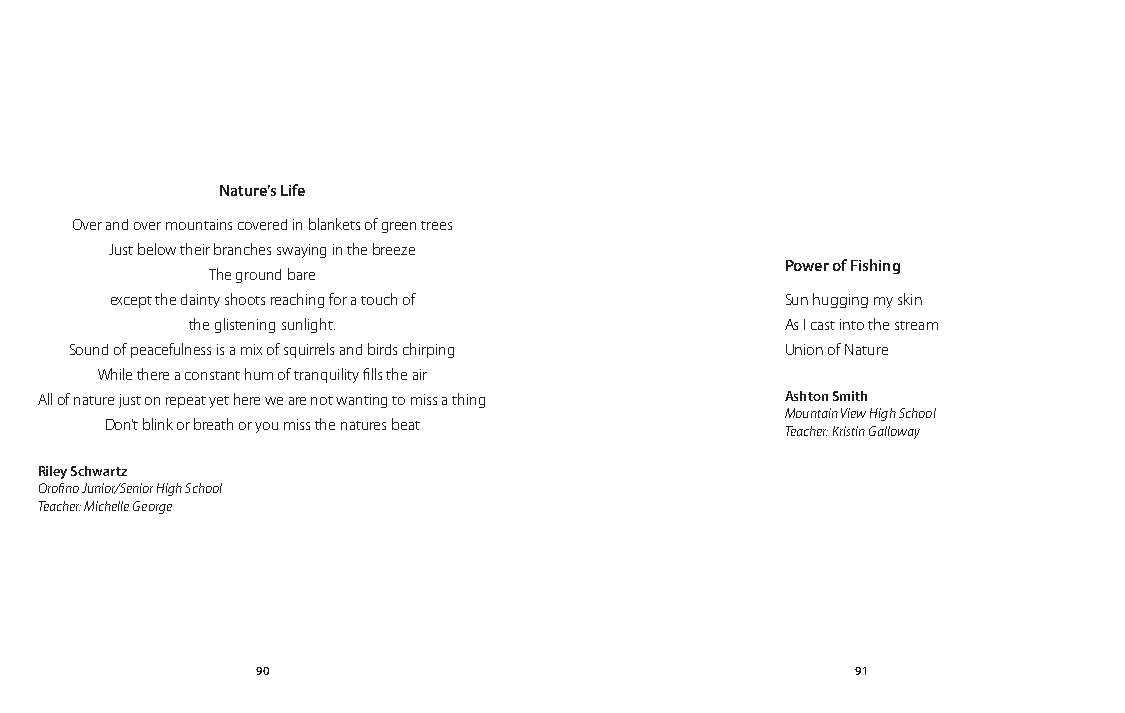
Nature’s Life
 Over and over mountains covered in blankets of green trees
 Just below their branches swaying in the breeze
 Power of Fishing
 The ground bare
 except the dainty shoots reaching for a touch of Sun hugging my skin
 the glistening sunlight.               As I cast into the stream
 Sound of peacefulness is a mix of squirrels and birds chirping Union of Nature
 While there a constant hum of tranquility fills the air
 All of nature just on repeat yet here we are not wanting to miss a thing Ashton Smith
 Mountain View High School
 Don’t blink or breath or you miss the natures beat
 Teacher: Kristin Galloway
 Riley Schwartz
 Orofino Junior/Senior High School
 Teacher: Michelle George
 90                                      91